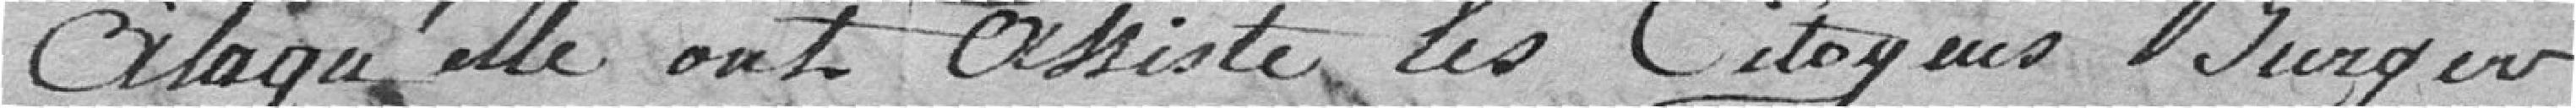
à laquelle ont assisté les citoyens Burger